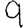
Digit: 9